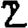
Digit: 2